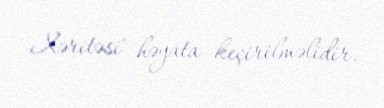
Xəritəsi" həyata keçirilməlidir.